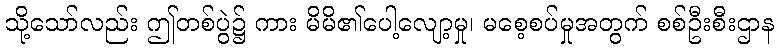
သို့သော်လည်း ဤတစ်ပွဲ၌ ကား မိမိ၏ပေါ့လျော့မှု၊ မစေ့စပ်မှုအတွက် စစ်ဦးစီးဌာန